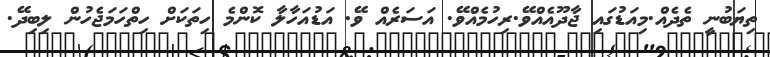
ތިޔަބުނީ ތެދެއް.މިއަޑުގައި ޖާދޫއެއްވޭ.ރިހުމެއްވޭ. އަސަރެއް ވޭ. އަޑުއަހާލާ ކޮންމެ ހިތަކަށް ހިތްހަމަޖެހުން ލިބިދޭ.